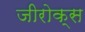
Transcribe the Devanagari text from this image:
जीरोक्स